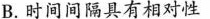
B.时间间隔具有相对性